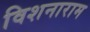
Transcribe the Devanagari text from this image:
विशनाराम